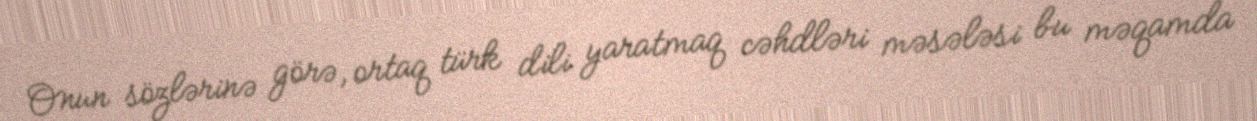
Onun sözlərinə görə, ortaq türk dili yaratmaq cəhdləri məsələsi bu məqamda